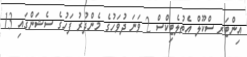
އިންޓަރ ސްކޫލް އެތުލެޓިކްސް 2 ވަނަ ދުވަހުގެ މެންދުރު ފަހުގެ ސެޝަންގައި 13